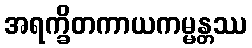
အရက္ခိတကာယကမ္မန္တဿ